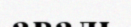
аваль